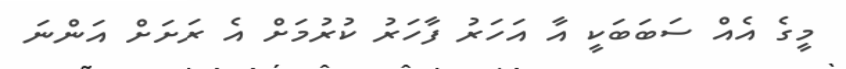
މީގެ އެއް ސަބަބަކީ އާ އަހަރު ފާހަރު ކުރުމަށް އެ ރަށަށް އަންނަ